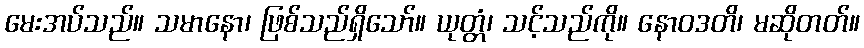
မေးအပ်သည်။ သမာနော၊ ဖြစ်သည်ရှိသော်။ ယုတ္တံ၊ သင့်သည်ကို။ နောဝဒတိ၊ မဆိုတတ်။